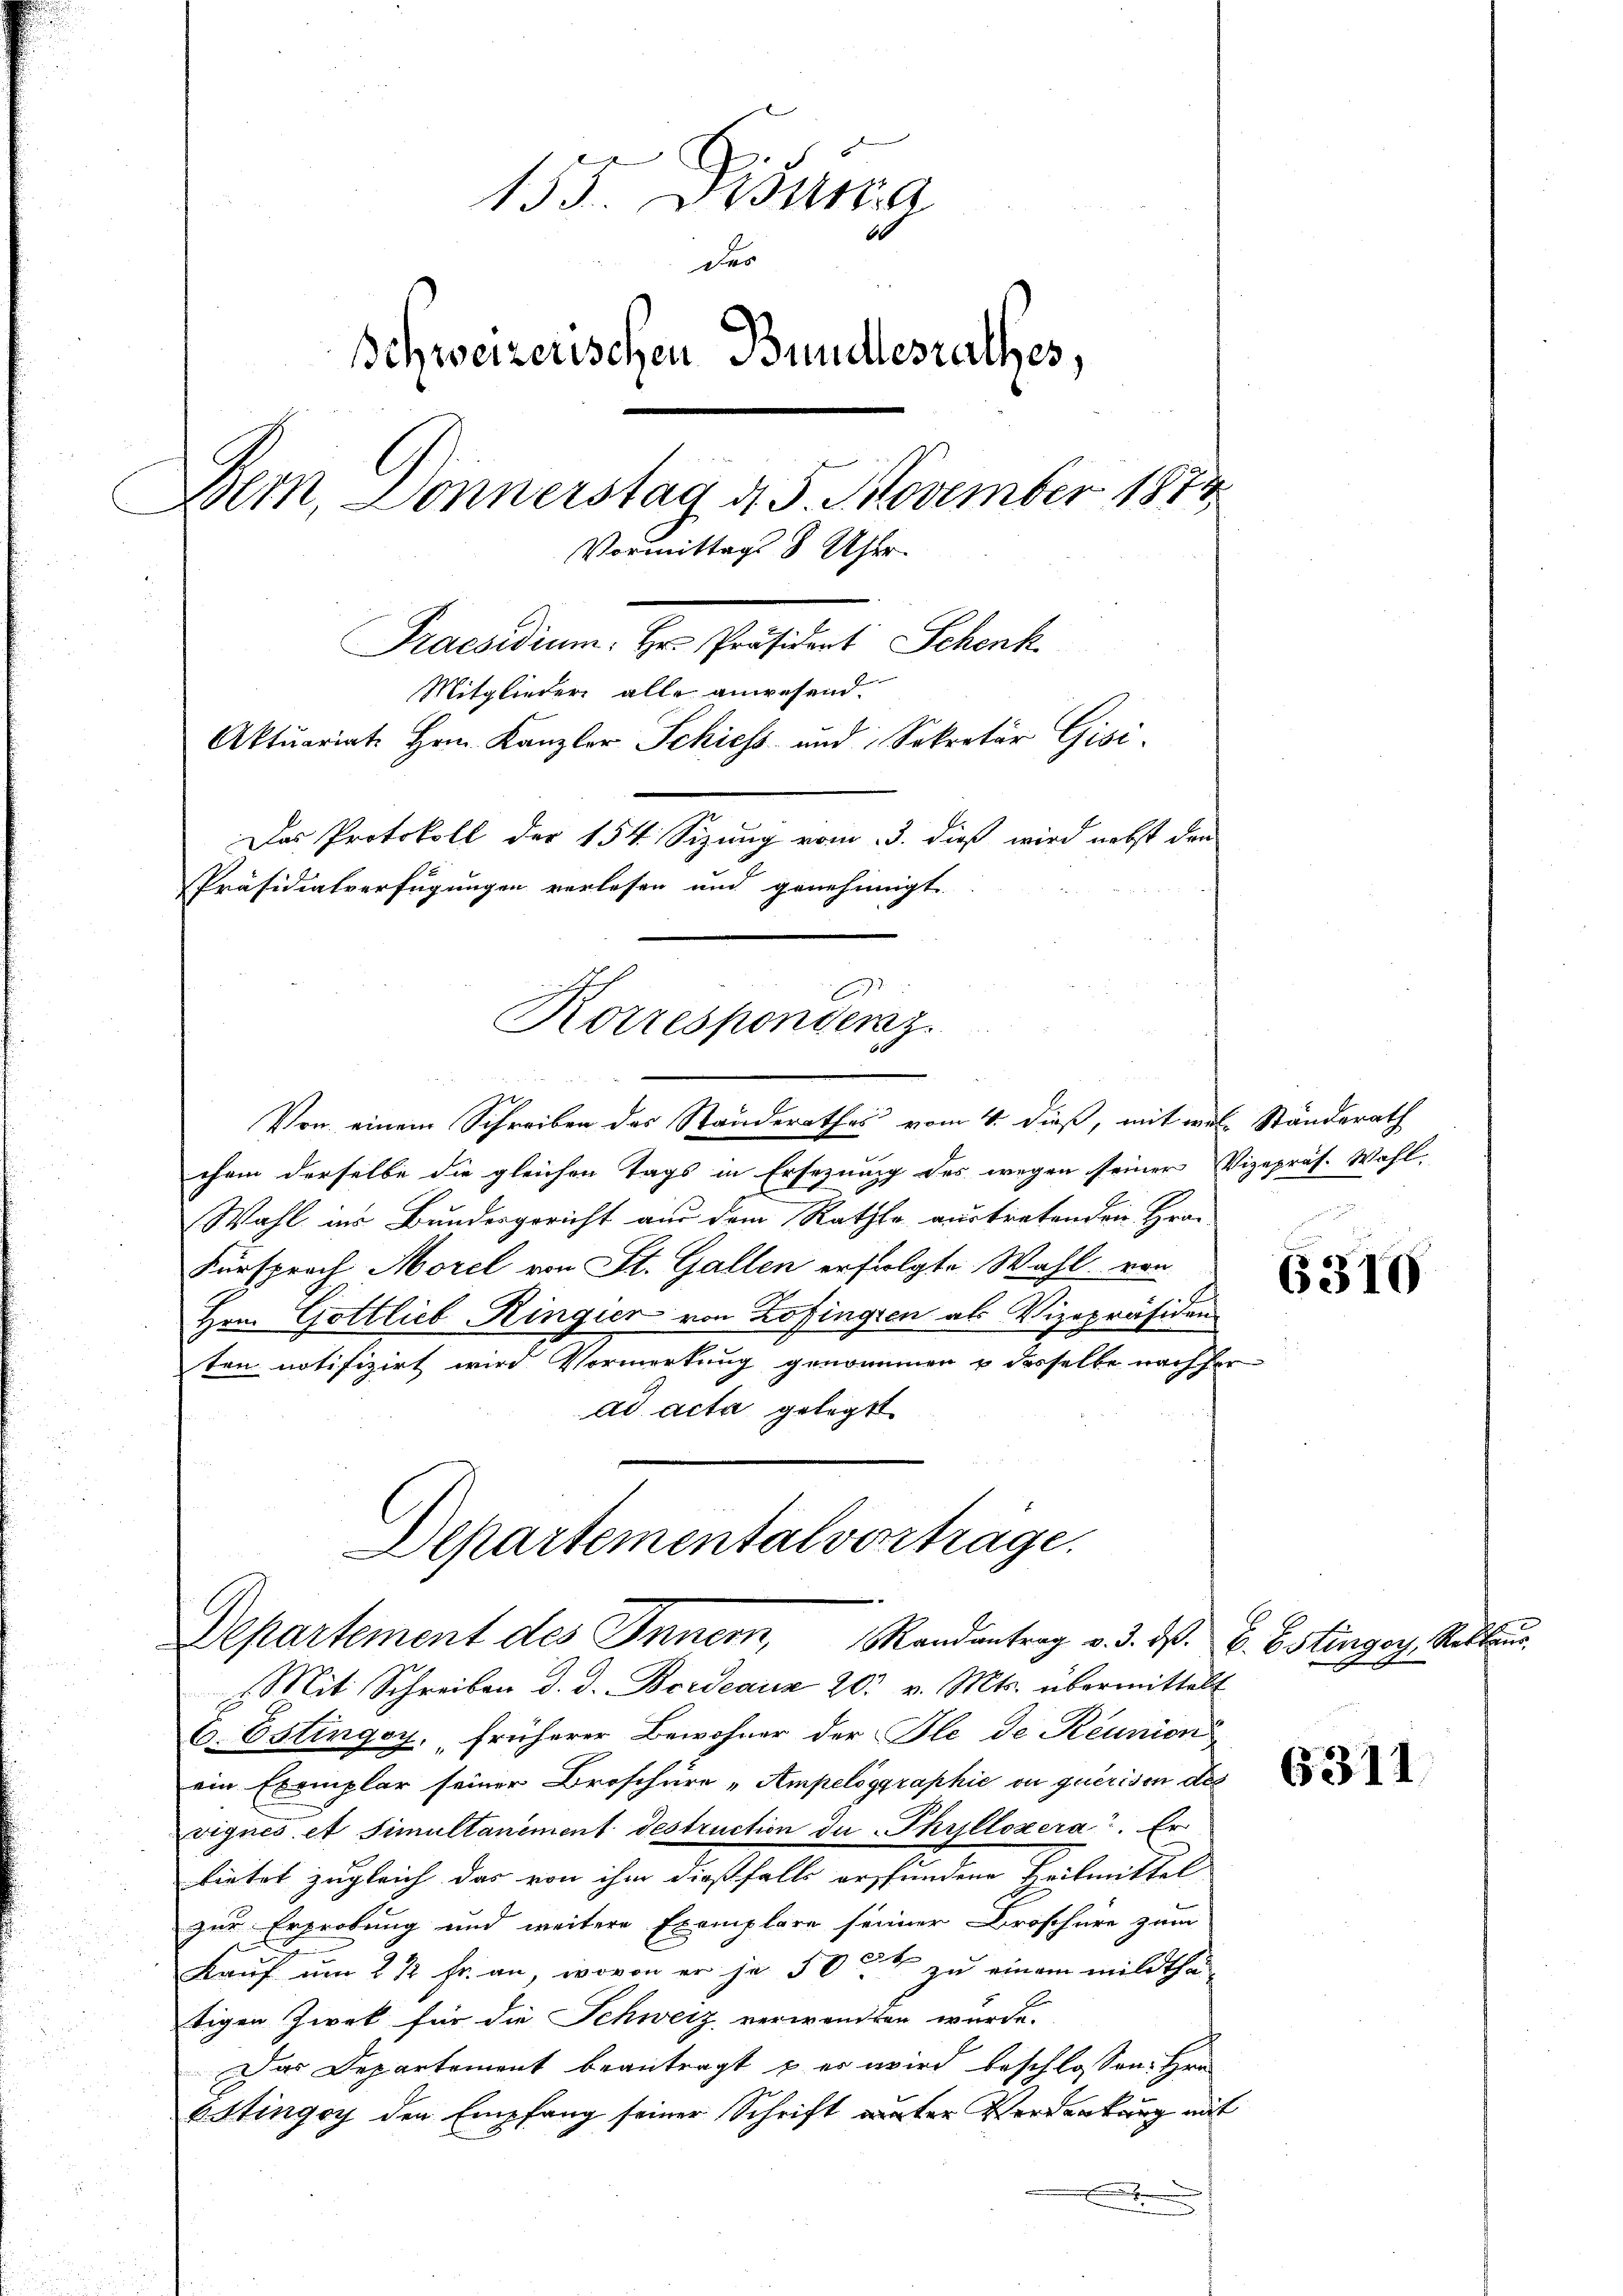
155. Distra
der
Schweizerischen Bundesrathes,
Dem, Donnerstag d. 5. November 1874
Vormittags 8 Uhr.
Praesidium. Hr. Präsident Schenk
Mitglieder alle anwesend.
Aktuariat Hrrn. Kanzler Schiess und Sekretär Gisi¬
Das Protokoll der 154. Sizung vom 3. dieß wird nebst den
Präsidialverfügungen verlesen und genehmigt.

9
Korrespondenz.

Von einem Schreiben des Standerathes vom 4. dieß, mit mal. Ständerath
chem derselbe die gleichen Tags in Ersezung des wegen seiner Vizepräs. Wahl.
Wahl ins Bundesgericht aus dem Rathe austretenden Hrn.
Fürsprach Morel von St. Gallen erfolgte Wahl von
Hrn. Gottlieb Ringien von Zofingien als Vizepräsiden
ten notifizirt wird Vormerkung genommen & desselbe nachher
ad acta gelegt.
Departementalverträge.

Departement des Inner, andantrag v. 3. ds. B. Ostinger, Stellu

Mit Schreiben d. d. Bordeaicz 20. v. Mts. übermittelt
E. Ostingoy, früherer Bewohner der Fle de Reunion
ein Exemplar seiner Broschüre „Ampelöggraphie on querisen des
vignés et Simultaniment destruction de Phyllozera. Er
bietet zugleich das von ihm dießfalls erfundene Leitmittel
zur Erprobung und weitere Exemplare seiner Broschüre zum
Kauf um 2 1/2 Fr. an, wovon er je 50 ck einem mildthä-
tigen Zwek für die Schweiz verwandten wurde.
Das Departement beantragt u. es wird beschlossen: Hrn.
Batingoy den Empfang seiner Schrift auter Verdankung mit
.

6310

6311